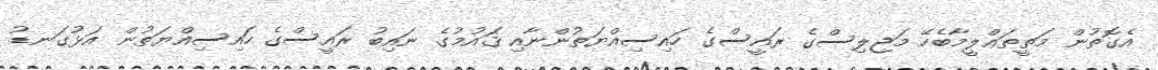
އެގޮތުން މަތީތަޢްލީމާބެހޭ މަޖިލިސްގެ ރައީސްގެ ހައިސިއްޔަތުންނާއި ޤައުމުގެ ނައިބު ރައީސްގެ ހައިސިއްޔަތުން އަޅުގަނޑު